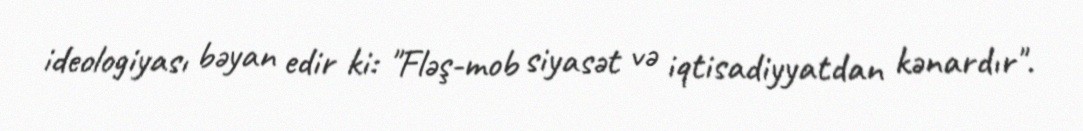
ideologiyası bəyan edir ki: "Fləş-mob siyasət və iqtisadiyyatdan kənardır".